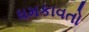
ધમકાવતો